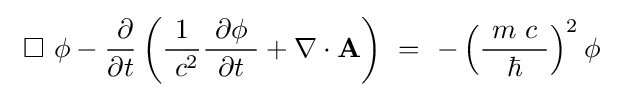
\ \Box \ \phi -{\frac {\ \partial }{\partial t}}\left({\frac {1}{\ c^{2}}}{\frac {\ \partial \phi \ }{\partial t}}+\nabla \cdot \mathbf {A} \right)~=~-\left({\frac {\ m\ c\ }{\hbar }}\right)^{2}\phi \